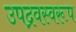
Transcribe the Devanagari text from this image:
उपद्रवस्वरूप